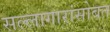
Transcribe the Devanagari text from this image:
सल्लागारांसोबत